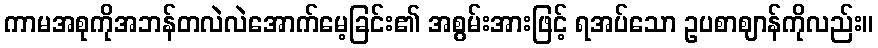
ကာမအစုကိုအဘန်တလဲလဲအောက်မေ့ခြင်း၏ အစွမ်းအားဖြင့် ရအပ်သော ဥပစာဈာန်ကိုလည်း။